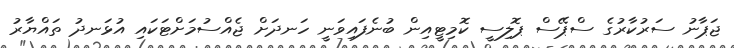
ޖަޕާނު ސަރުކާރުގެ ސްޕޭސް ޕޮލިސީ ކޮމިޓީއިން ބުނެފައިވަނީ ހަނދަށް ޖެއްސުމަށްޓަކައި އުޅަނދު ތައްޔާރު